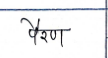
मजकूर: पैरण